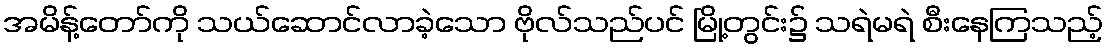
အမိန့်တော်ကို သယ်ဆောင်လာခဲ့သော ဗိုလ်သည်ပင် မြို့တွင်း၌ သရဲမရဲ စီးနေကြသည့်